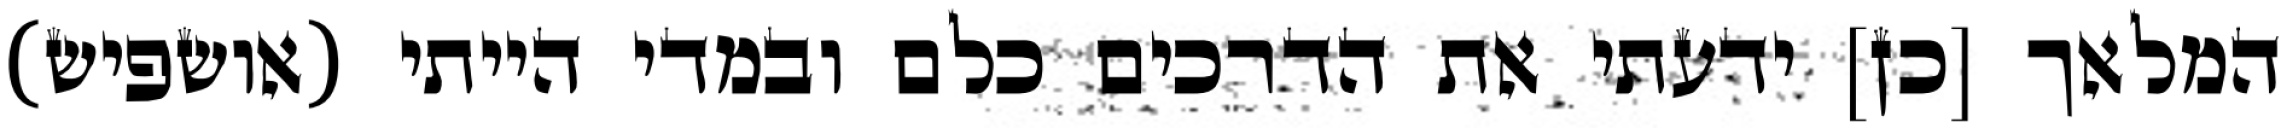
המלאך [כן] ידעתי את הדרכים כלם ובמדי הייתי (אושפיש)